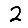
Digit: 2